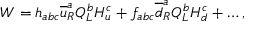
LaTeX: W = h _ { a b c } \overline { { { u } } } _ { R } ^ { a } Q _ { L } ^ { b } H _ { u } ^ { c } + f _ { a b c } \overline { { { d } } } _ { R } ^ { a } Q _ { L } ^ { b } H _ { d } ^ { c } + \ldots ,